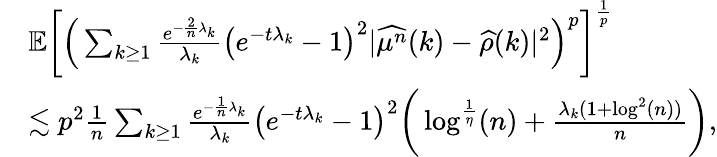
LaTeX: \begin{array}{rl}&{\mathbb{E}\bigg[\Big(\sum_{k\geq 1}\frac{e^{-\frac{2}{n}\lambda_{k}}}{\lambda_{k}}\big(e^{-t\lambda_{k}}-1\big)^{2}\vert\widehat{\mu^{n}}(k)-\widehat{\rho}(k)\vert^{2}\Big)^{p}\bigg]^{\frac{1}{p}}}\\ &{\lesssim p^{2}\frac{1}{n}\sum_{k\geq 1}\frac{e^{-\frac{1}{n}\lambda_{k}}}{\lambda_{k}}\big(e^{-t\lambda_{k}}-1\big)^{2}\bigg(\log^{\frac{1}{\eta}}(n)+\frac{\lambda_{k}(1+\log^{2}(n))}{n}\bigg),}\end{array}